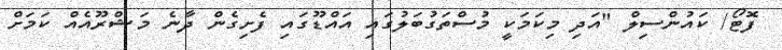
ފޮޓޯ/ ކައުންސިލް "އަދި މިކަމަކީ މުސްތަގުބަލުގައި އައްޑޫގައި ފެށިގެން ދާނެ މަޝްރޫއެއް ކަމަށް